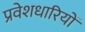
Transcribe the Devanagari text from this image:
प्रवेशधारियों